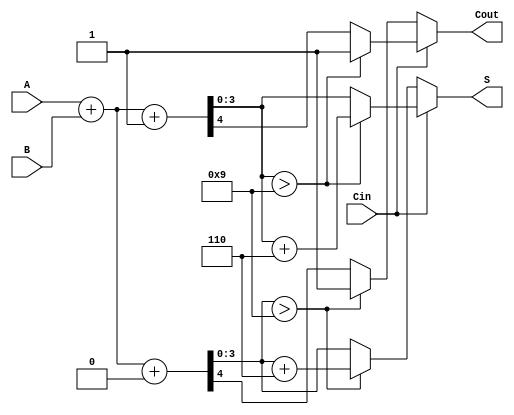
module BCD_MCSA (
    input [3:0] A,      // 4-bit BCD input A
    input [3:0] B,      // 4-bit BCD input B
    input Cin,          // Carry-in
    output reg [3:0] S, // 4-bit BCD sum output
    output reg Cout      // Carry-out
);

// Intermediate signals for the sums and carries
wire [3:0] S0, S1;  // Sums for Cin = 0 and Cin = 1
wire C0, C1;        // Carry-out for Cin = 0 and Cin = 1

// Preliminary sums for both cases
assign {C0, S0} = A + B + 1'b0; // Sum with Cin = 0
assign {C1, S1} = A + B + 1'b1; // Sum with Cin = 1

// BCD Correction Logic
wire [3:0] S_final;
wire carry_correction;
wire [3:0] S_corrected;

// Determine if correction is needed
assign carry_correction = (S0 > 4'd9) || (S1 > 4'd9);

// Apply correction if needed
assign S_corrected = carry_correction ? (S0 + 4'd6) : S0;

// Selection of final sum based on Cin and correction
always @(*) begin
    if (Cin == 1'b0) begin
        S = S0;
        Cout = C0;
        if (S0 > 4'd9) begin
            S = S0 + 4'd6; // Correct if needed
            Cout = 1'b1;   // Set carry out if correction happened
        end
    end else begin
        S = S1;
        Cout = C1;
        if (S1 > 4'd9) begin
            S = S1 + 4'd6; // Correct if needed
            Cout = 1'b1;   // Set carry out if correction happened
        end
    end
end

endmodule